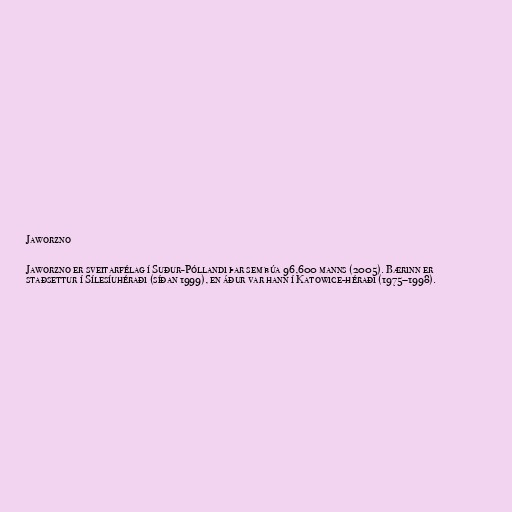
Jaworzno

Jaworzno er sveitarfélag í Suður-Póllandi þar sem búa 96,600 manns (2005). Bærinn er
staðsettur í Sílesíuhéraði (síðan 1999), en áður var hann í Katowice-héraði (1975–1998).